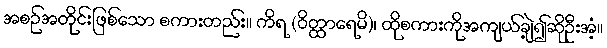
အစဉ်အတိုင်းဖြစ်သော စကားတည်း။ ကိရ (ဝိတ္ထာရေမိ)၊ ထိုစကားကိုအကျယ်ချဲ့၍ဆိုဦးအံ့။